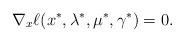
LaTeX: \begin{align*}\nabla_x\ell(x^*,\lambda^*,\mu^*,\gamma^*)=0.\end{align*}